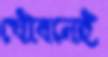
যৌবনেই